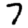
Digit: 7